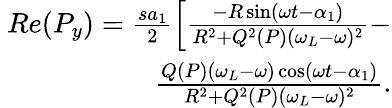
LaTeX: \begin{array}{r}{~Re(P_{y})=\frac{sa_{1}}{2}\left[\frac{-R\sin(\omega t-\alpha_{1})}{R^{2}+Q^{2}(P)(\omega_{L}-\omega)^{2}}\right.-}\\ {\left.\frac{Q(P)(\omega_{L}-\omega)\cos(\omega t-\alpha_{1})}{R^{2}+Q^{2}(P)(\omega_{L}-\omega)^{2}}\right..}\end{array}